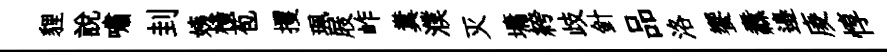
貍說嘯刲姨橫苞攫珮屐岞糞濮灭墉絝歧針品洛饗纛邉庱惇